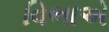
વિભાએ